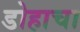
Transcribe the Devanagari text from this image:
डोहाचा